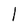
Character: I